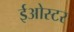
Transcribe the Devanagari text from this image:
ईओस्टर